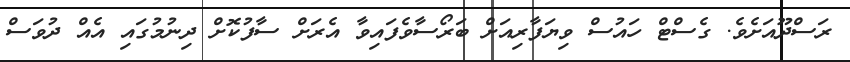
ރަސްދޫއަށެވެ. ގެސްޓް ހައުސް ވިޔަފާރިއަށް ބަރޯސާވެފައިވާ އެރަށް ސާފުކޮށް ދިނުމުގައި އެއް ދުވަސް